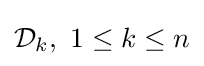
{\mathcal {D}}_{k},\ 1\leq k\leq n